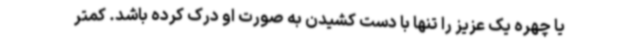
یا چهره یک عزیز را تنها با دست کشیدن به صورت او درک کرده باشد. کمتر